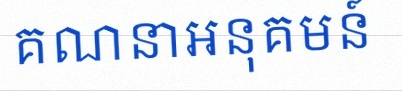
គណនាអនុគមន៍